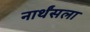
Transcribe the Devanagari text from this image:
नार्थंसला